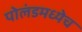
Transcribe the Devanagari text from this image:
पोलंडमध्येच